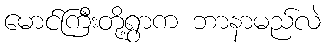
မောင်ကြီးတို့ရွာက ဘာနာမည်လဲ